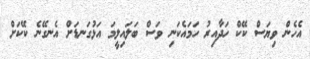
އެހެން ވިޔަސް ކޭކް ހަދާއިރު ހަމައެކަނި ވަސް ބަލައިލީމަ އަޅުގަނޑަށް އެނގޭނެ ކޭކަށް